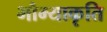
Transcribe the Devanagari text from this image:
भौम्याकृति